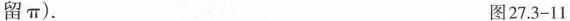
留\pi）。 图27.3-11